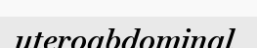
uteroabdominal